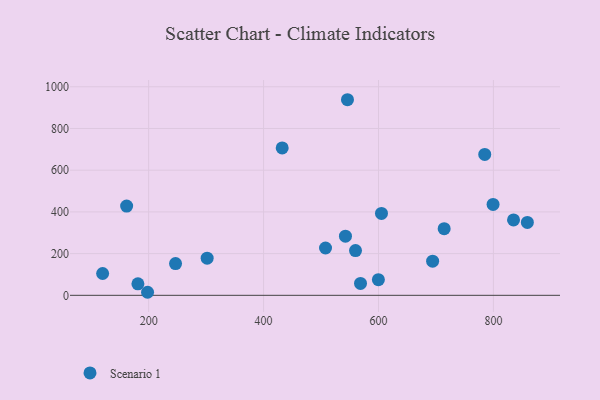
{"axis": {"x": "Ad Spend", "y": "Sales"}, "legend": ["Scenario 1"], "data": [{"x": "246.8", "y": 152.2, "type": "Scenario 1"}, {"x": "599.8", "y": 75.0, "type": "Scenario 1"}, {"x": "568.7", "y": 57.0, "type": "Scenario 1"}, {"x": "784.9", "y": 675.5, "type": "Scenario 1"}, {"x": "198.1", "y": 14.6, "type": "Scenario 1"}, {"x": "560.0", "y": 214.4, "type": "Scenario 1"}, {"x": "181.3", "y": 55.3, "type": "Scenario 1"}, {"x": "799.4", "y": 435.9, "type": "Scenario 1"}, {"x": "605.2", "y": 392.5, "type": "Scenario 1"}, {"x": "542.5", "y": 283.8, "type": "Scenario 1"}, {"x": "119.9", "y": 104.7, "type": "Scenario 1"}, {"x": "694.2", "y": 163.9, "type": "Scenario 1"}, {"x": "714.3", "y": 319.6, "type": "Scenario 1"}, {"x": "546.0", "y": 937.9, "type": "Scenario 1"}, {"x": "161.7", "y": 427.8, "type": "Scenario 1"}, {"x": "859.1", "y": 349.5, "type": "Scenario 1"}, {"x": "835.0", "y": 361.4, "type": "Scenario 1"}, {"x": "507.8", "y": 226.8, "type": "Scenario 1"}, {"x": "301.8", "y": 178.2, "type": "Scenario 1"}, {"x": "432.4", "y": 706.9, "type": "Scenario 1"}]}